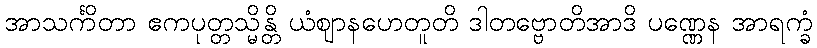
အာသင်္ကိတာ ဧကပုတ္တသ္မိန္တိ ယံဈာနဟေတူတိ ဒါတဗ္ဗောတိအာဒိ ပဏ္ဏေန အာရက္ခံ